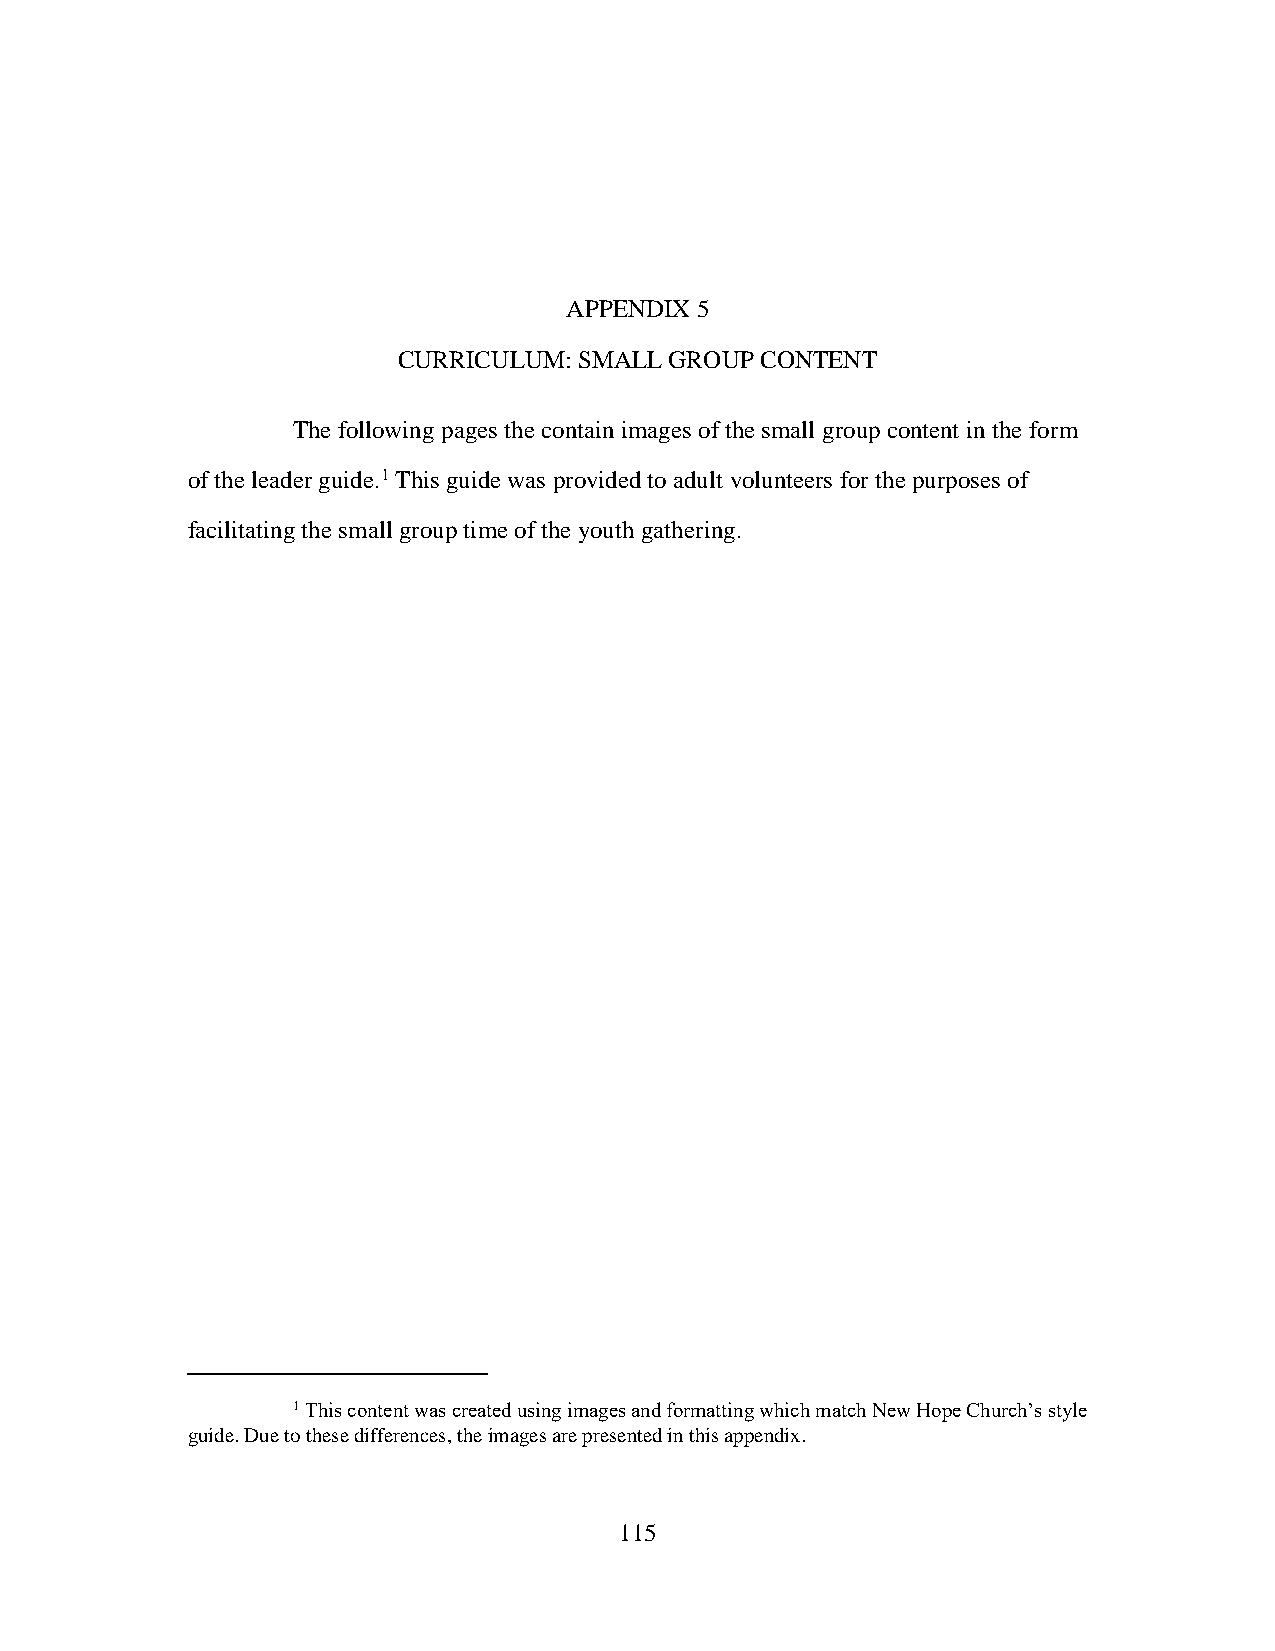
APPENDIX 5
 CURRICULUM: SMALL GROUP CONTENT
 The following pages the contain images of the small group content in the form
 of the leader guide.1 This guide was provided to adult volunteers for the purposes of
 facilitating the small group time of the youth gathering.
 1 This content was created using images and formatting which match New Hope Church’s style
 guide. Due to these differences, the images are presented in this appendix.
 115